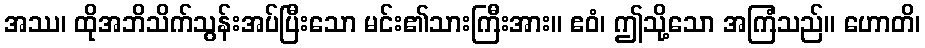
အဿ၊ ထိုအဘိသိက်သွန်းအပ်ပြီးသော မင်း၏သားကြီးအား။ ဧဝံ၊ ဤသို့သော အကြံသည်။ ဟောတိ၊